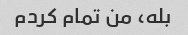
بله، من تمام کردم